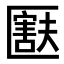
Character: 𫧚